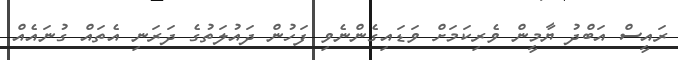
ރައީސް އަބްދު ޔާމީން ވެރިކަމަށް ވަޑައިގެންނެވި ފަހުން ދައުލަތުގެ ދަރަނި އެތައް ގުނައެއް